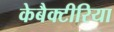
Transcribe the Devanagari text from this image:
केबैक्टीरिया